Problem: 30 + 3 = ?
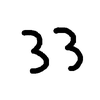
Handwritten answer: 33